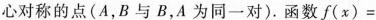
心对称的点(A，B与B，A为同一对)。函数f(x)=